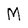
Character: M